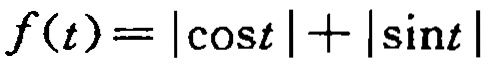
\(f(t)=|\cos t|+|\sin t|\)